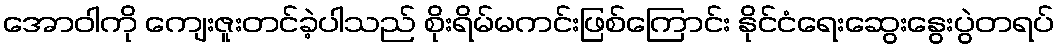
အောဝါကို ကျေးဇူးတင်ခဲ့ပါသည် စိုးရိမ်မကင်းဖြစ်ကြောင်း နိုင်ငံရေးဆွေးနွေးပွဲတရပ်